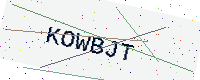
Text: KOWBJT